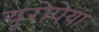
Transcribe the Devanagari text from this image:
यूरोपेया